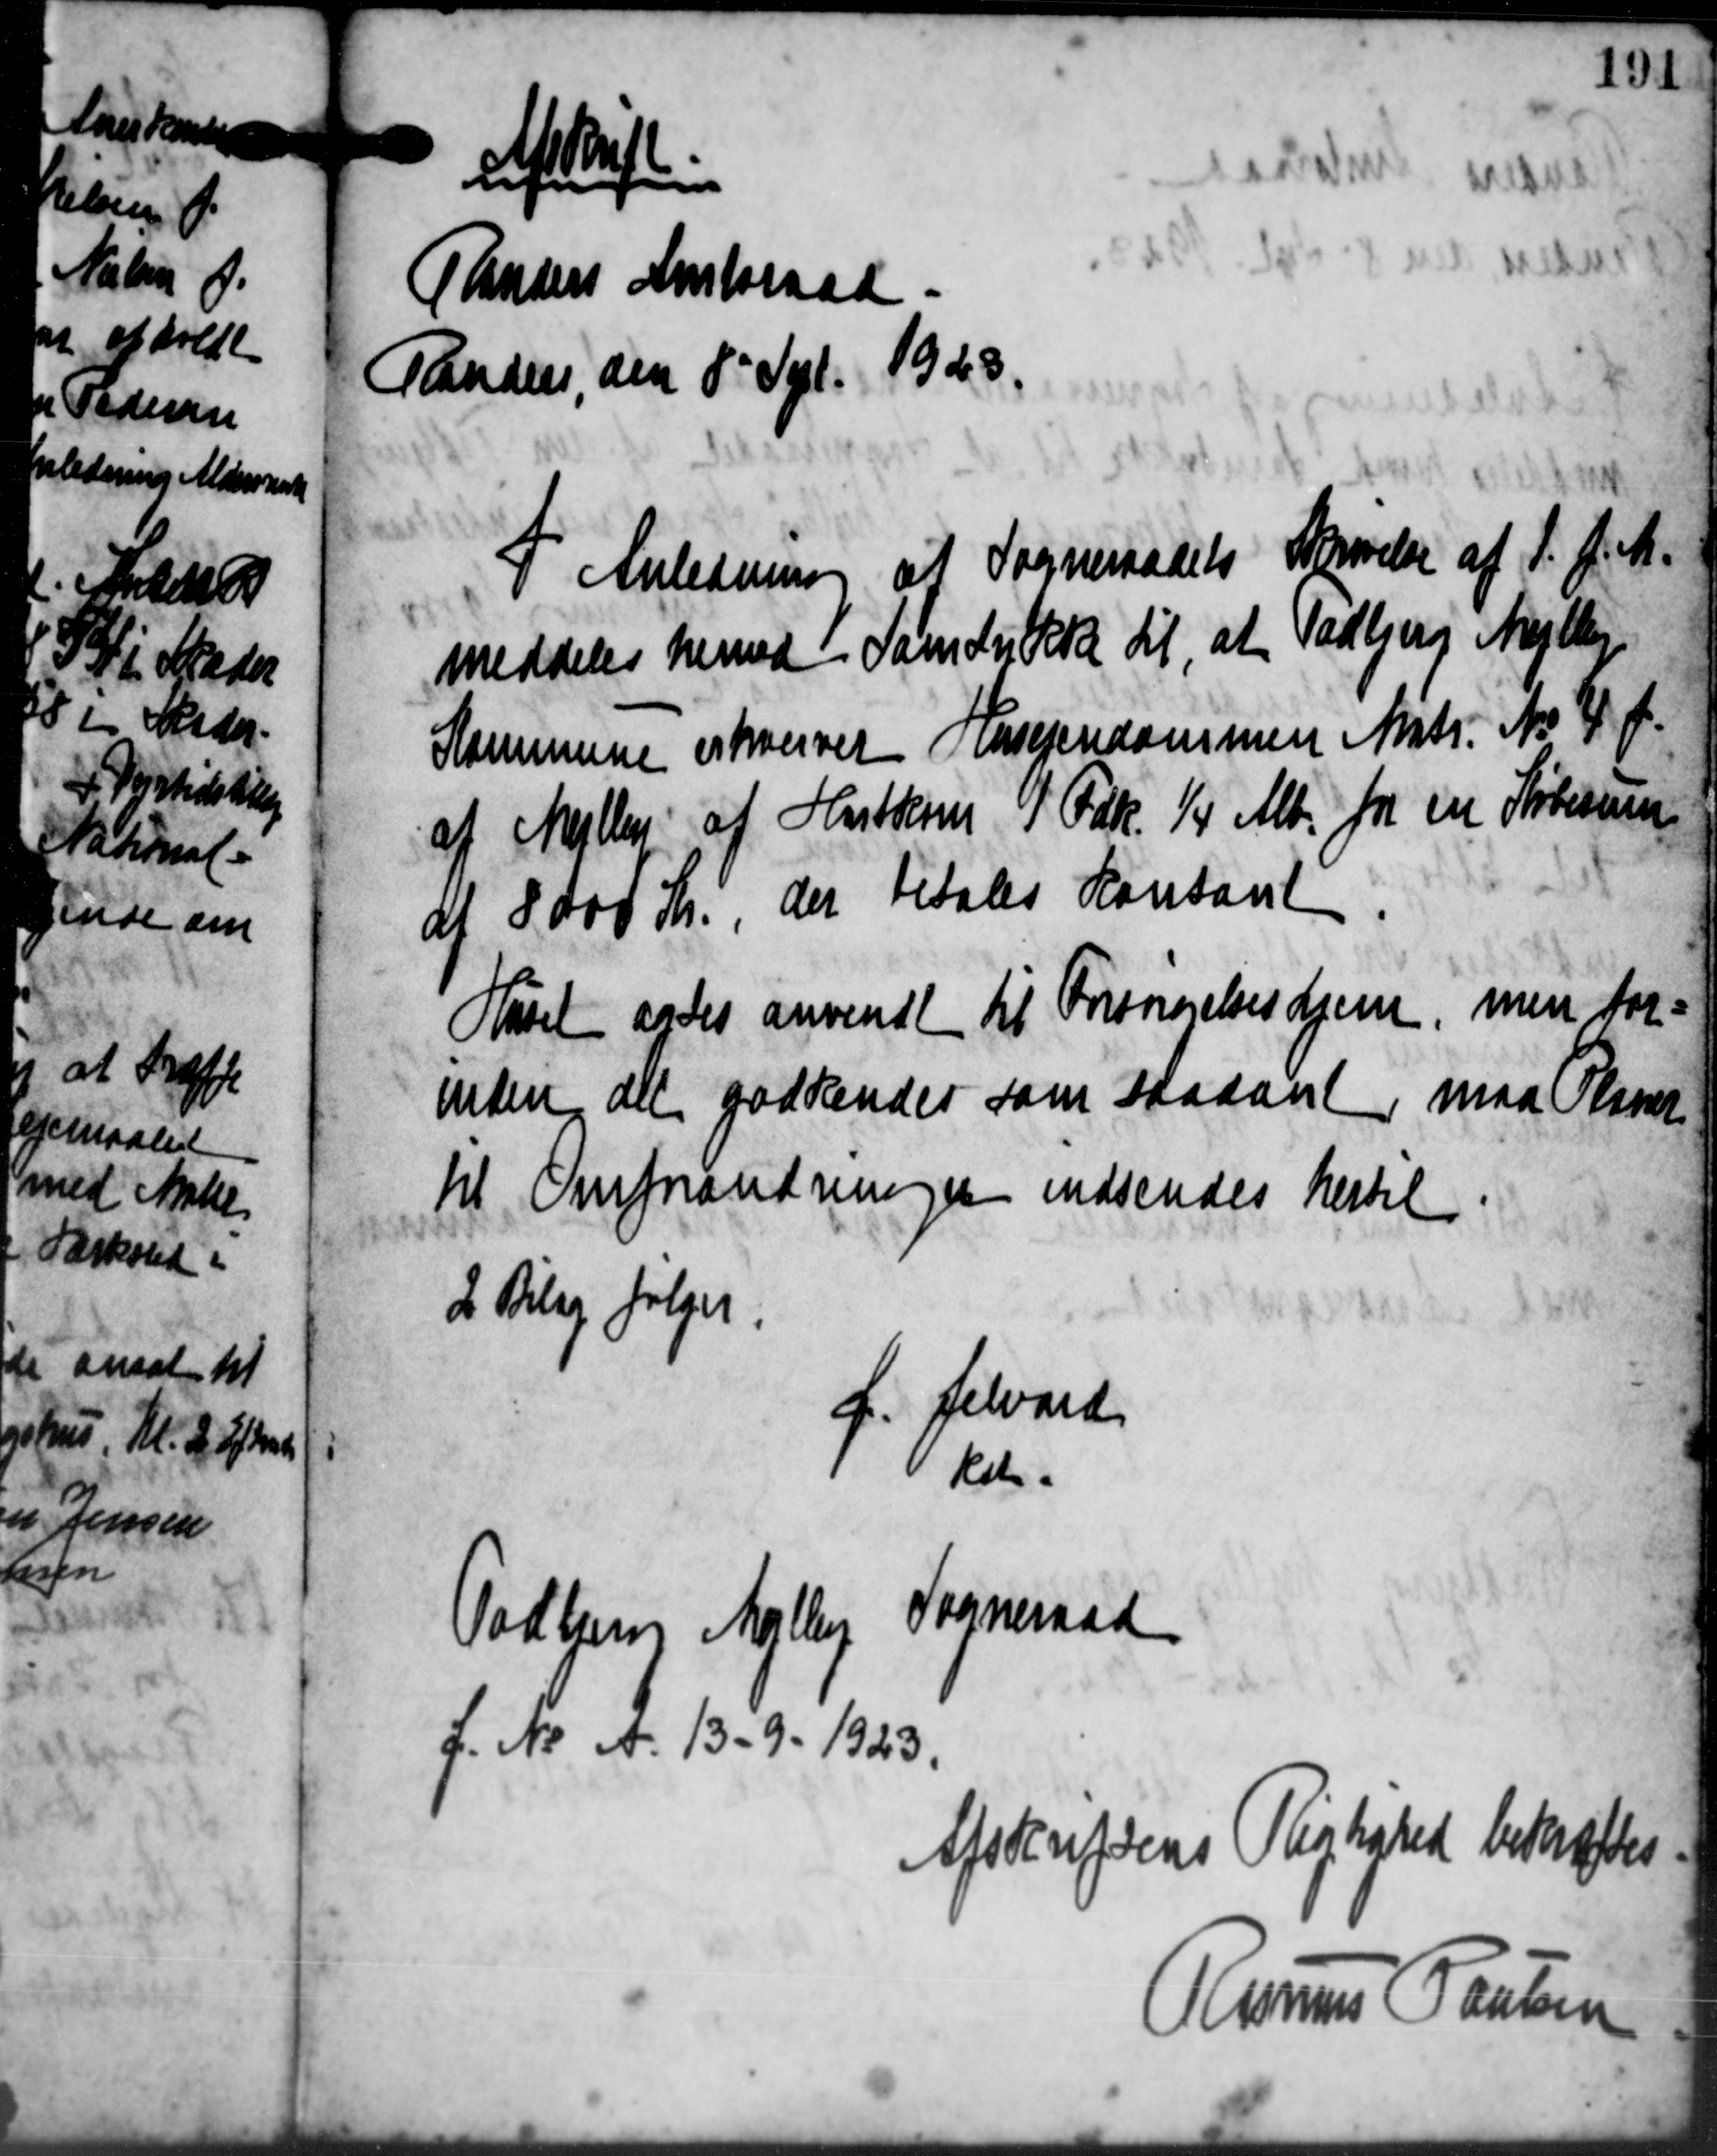
Transskription:
Afskrift:
Thuders Amtsraad
Tanden, den 8' Sept. 1928.
I Anledning af Sogneraadets Skrivelse af 1. f. M.
meddeles hermed Samtykke til at Vadbjerg Mejlby
Kommune erhvervet Husejendommen Matr. No 4 f.
af Mejlby af Hutkom 1 Fdk. 1/4 Alb. for en Købesum
at 8000 Kr., der betales Kontant
Hasel andes anvendt til Forsørgelseshjem, men for=
inden det godkendes som staaant maa Olsen
til Omforandningen indsendes hertil
2 Bilag følger.
f. Selvard
kst.
Todbjerg Malby Sogneraad
f. N. A. 13-9-1923.
Afsteufsens Pligthated bekræftes
Rasmus Paulsen